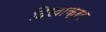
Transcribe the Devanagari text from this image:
दिखाक्रर